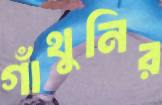
গাঁথুনির